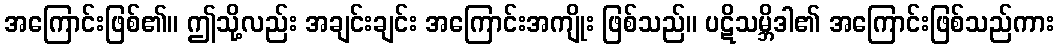
အကြောင်းဖြစ်၏။ ဤသို့လည်း အချင်းချင်း အကြောင်းအကျိုး ဖြစ်သည်။ ပဋိသမ္ဘိဒါ၏ အကြောင်းဖြစ်သည်ကား